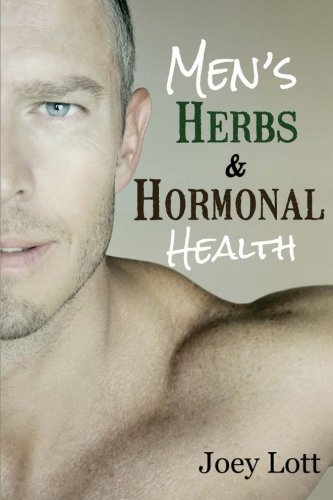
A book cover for Men's Herbs and Hormonal Health: Testosterone, BPH, Alopecia, Adaptogens, Prosta; Joey Lott; Health, Fitness & Dieting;